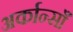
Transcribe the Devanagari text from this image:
अर्कान्साँ